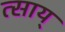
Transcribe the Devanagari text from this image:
त्साय्